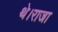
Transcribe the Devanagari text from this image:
थे।राजा